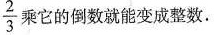
\frac{2}{3}乘它的倒数就能变成整数.